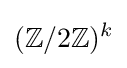
(\mathbb {Z} /2\mathbb {Z} )^{k}